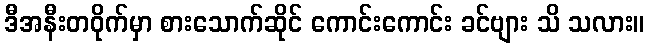
ဒီအနီးတဝိုက်မှာ စားသောက်ဆိုင် ကောင်းကောင်း ခင်ဗျား သိ သလား။